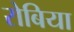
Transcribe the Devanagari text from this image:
रोबिया